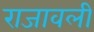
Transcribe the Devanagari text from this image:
राजावली